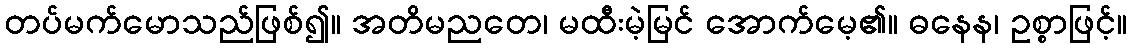
တပ်မက်မောသည်ဖြစ်၍။ အတိမညတေ၊ မထီးမဲ့မြင် အောက်မေ့၏။ ဓနေန၊ ဥစ္စာဖြင့်။